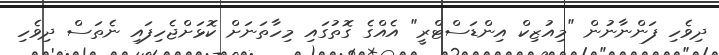
ދިވެހި ފަންނާނުން "މިއުޒިކް އިންޑަސްޓްރީ" އެއްގެ ގޮތުގައި މިހާތަނަށް ކޮޅަށްޖެހިފައި ނެތަސް ދިވެހި